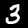
Digit: 3